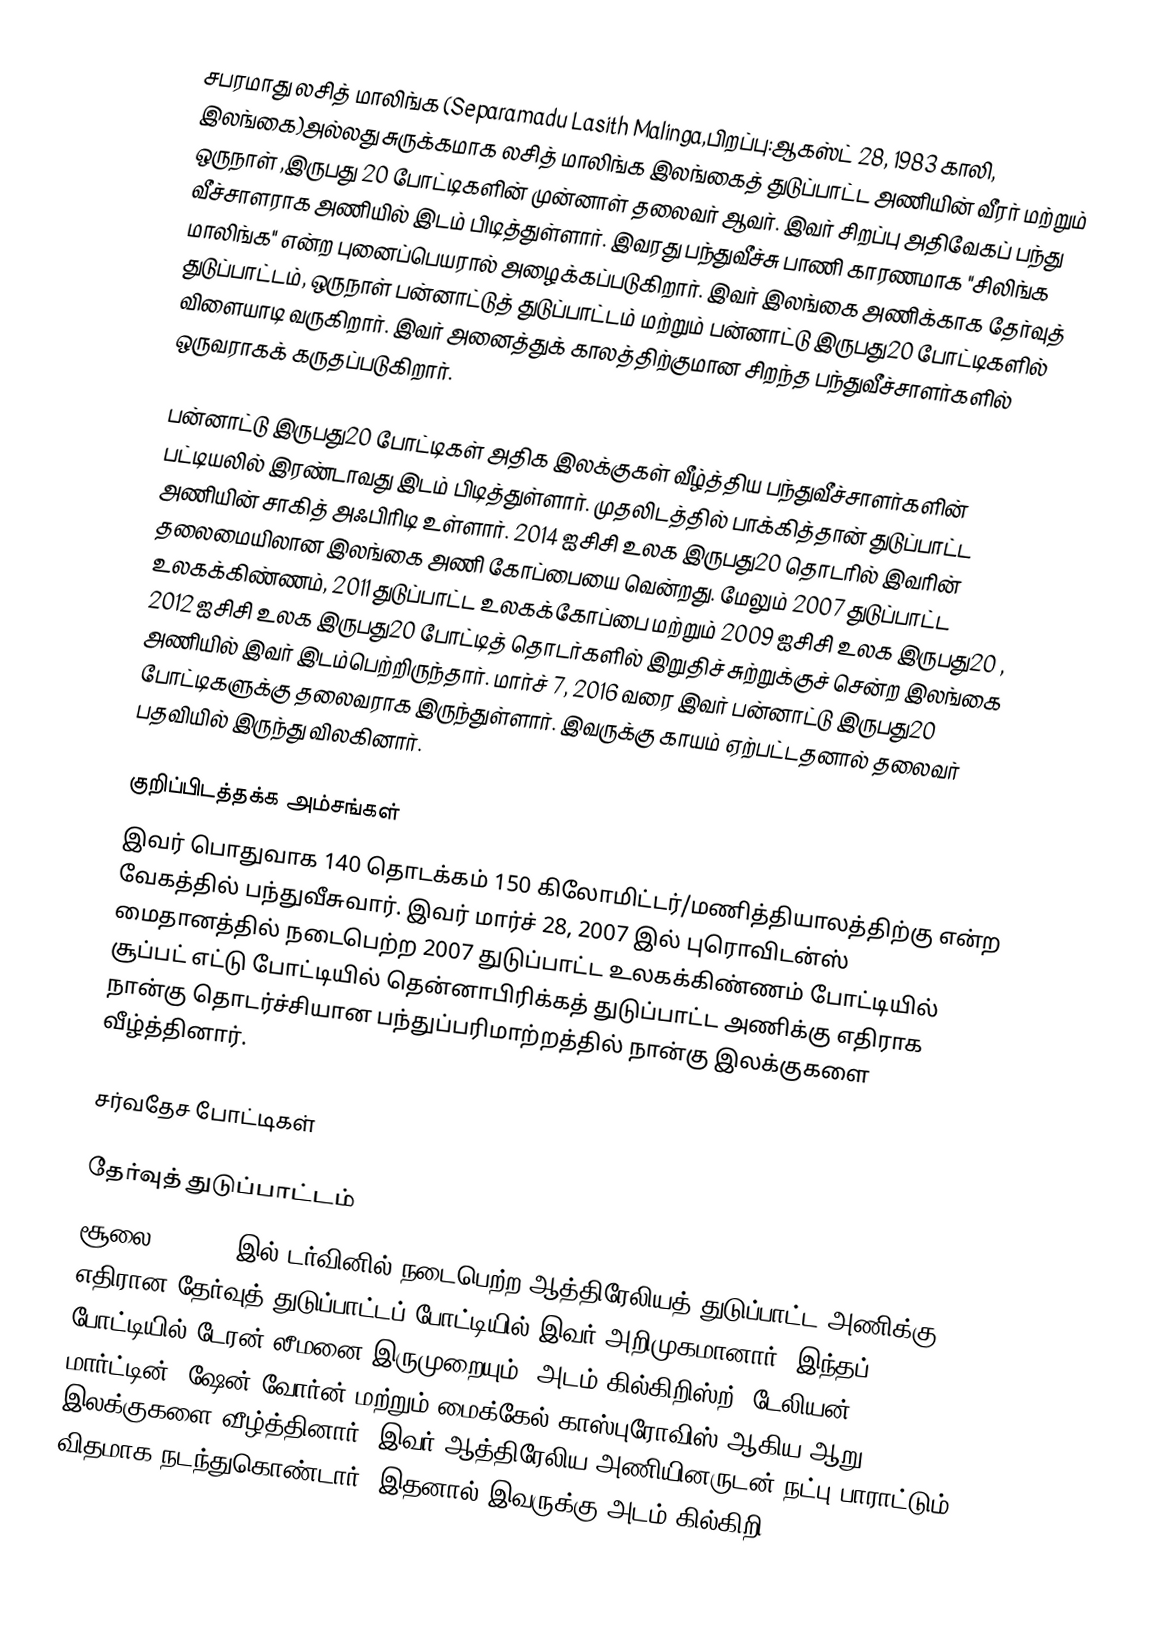
சபரமாது லசித் மாலிங்க (Separamadu Lasith Malinga,பிறப்பு:ஆகஸ்ட் 28, 1983 காலி, இலங்கை)அல்லது சுருக்கமாக லசித் மாலிங்க இலங்கைத் துடுப்பாட்ட அணியின் வீரர் மற்றும் ஒருநாள் ,இருபது 20 போட்டிகளின் முன்னாள்  தலைவர் ஆவர். இவர் சிறப்பு அதிவேகப் பந்து வீச்சாளராக அணியில் இடம் பிடித்துள்ளார். இவரது பந்துவீச்சு பாணி காரணமாக "சிலிங்க மாலிங்க" என்ற புனைப்பெயரால் அழைக்கப்படுகிறார். இவர் இலங்கை அணிக்காக தேர்வுத் துடுப்பாட்டம், ஒருநாள் பன்னாட்டுத் துடுப்பாட்டம் மற்றும் பன்னாட்டு இருபது20 போட்டிகளில் விளையாடி வருகிறார். இவர் அனைத்துக் காலத்திற்குமான சிறந்த பந்துவீச்சாளர்களில் ஒருவராகக் கருதப்படுகிறார்.

பன்னாட்டு இருபது20 போட்டிகள் அதிக இலக்குகள் வீழ்த்திய பந்துவீச்சாளர்களின் பட்டியலில் இரண்டாவது இடம் பிடித்துள்ளார். முதலிடத்தில் பாக்கித்தான் துடுப்பாட்ட அணியின் சாகித் அஃபிரிடி உள்ளார். 2014 ஐசிசி உலக இருபது20 தொடரில் இவரின் தலைமையிலான இலங்கை அணி கோப்பையை வென்றது. மேலும் 2007 துடுப்பாட்ட உலகக்கிண்ணம், 2011 துடுப்பாட்ட உலகக்கோப்பை மற்றும் 2009 ஐசிசி உலக இருபது20 , 2012 ஐசிசி உலக இருபது20 போட்டித் தொடர்களில் இறுதிச் சுற்றுக்குச் சென்ற இலங்கை அணியில் இவர் இடம்பெற்றிருந்தார். மார்ச் 7, 2016 வரை இவர் பன்னாட்டு இருபது20 போட்டிகளுக்கு தலைவராக இருந்துள்ளார். இவருக்கு காயம் ஏற்பட்டதனால் தலைவர் பதவியில் இருந்து விலகினார்.

குறிப்பிடத்தக்க அம்சங்கள்
இவர் பொதுவாக 140 தொடக்கம் 150 கிலோமிட்டர்/மணித்தியாலத்திற்கு என்ற வேகத்தில் பந்துவீசுவார். இவர் மார்ச் 28, 2007 இல் புரொவிடன்ஸ் மைதானத்தில் நடைபெற்ற 2007 துடுப்பாட்ட உலகக்கிண்ணம் போட்டியில் சூப்பட் எட்டு  போட்டியில் தென்னாபிரிக்கத் துடுப்பாட்ட அணிக்கு எதிராக நான்கு தொடர்ச்சியான பந்துப்பரிமாற்றத்தில் நான்கு இலக்குகளை வீழ்த்தினார்.

சர்வதேச போட்டிகள்

தேர்வுத் துடுப்பாட்டம்
சூலை 1, 2004 இல் டர்வினில் நடைபெற்ற ஆத்திரேலியத் துடுப்பாட்ட அணிக்கு எதிரான தேர்வுத் துடுப்பாட்டப் போட்டியில் இவர் அறிமுகமானார். இந்தப் போட்டியில் டேரன் லீமனை இருமுறையும், அடம் கில்கிறிஸ்ற், டேலியன் மார்ட்டின், ஷேன் வோர்ன் மற்றும் மைக்கேல் காஸ்புரோவிஸ் ஆகிய ஆறு இலக்குகளை வீழ்த்தினார். இவர் ஆத்திரேலிய அணியினருடன் நட்பு பாராட்டும் விதமாக நடந்துகொண்டார். இதனால் இவருக்கு அடம் கில்கிறி